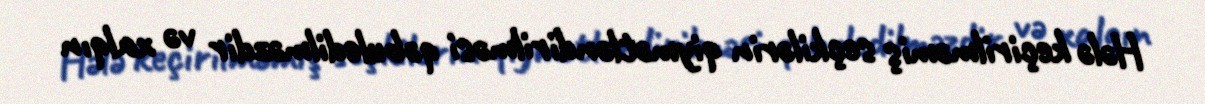
Hələ keçirilməmiş seçkilərin qiymətləndirilməsi qəbuledilməzdir və xalqın